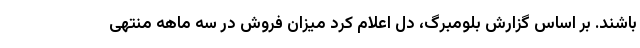
باشند. بر اساس گزارش بلومبرگ، دل اعلام کرد میزان فروش در سه ماهه منتهی